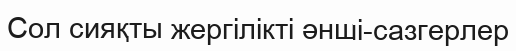
Сол сияқты жергілікті әнші-сазгерлер